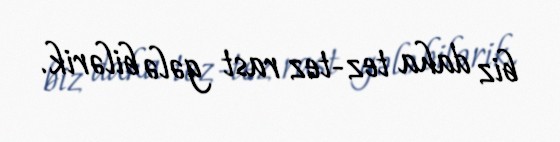
biz daha tez-tez rast gələ bilərik.